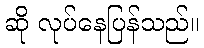
ဆို လုပ်နေပြန်သည်။